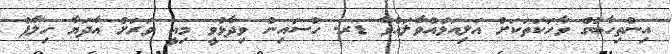
އިންތިހާބުގެ ވާހަކަތަކަށް އަލިއަޅުއްވާލައްވާ ޑރ. ހުސައިން ވިދާޅުވީ މިއީ ވަރަށް އާދަޔާ ހިލާފު